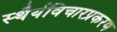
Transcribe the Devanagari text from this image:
स्थैर्यविचारप्रकरण